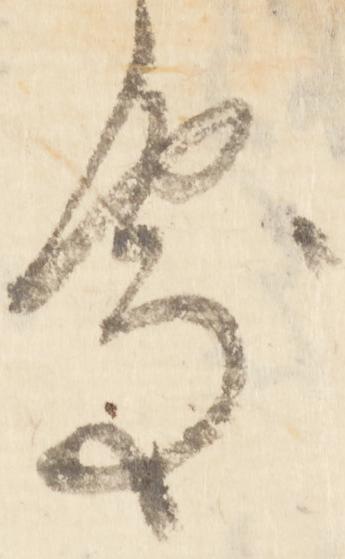
処